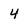
Character: 4